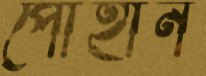
পোহান